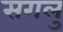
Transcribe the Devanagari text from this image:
सगलु